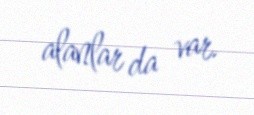
alanlar da var.